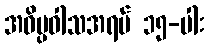
အဝိပ္ပဝါသအရပ် ၁၅-ပါး